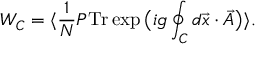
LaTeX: { \cal W } _ { { \cal C } } = \langle \frac { 1 } { N } P \mathrm { T r } \exp \big ( i g \oint _ { { \cal C } } d \vec { x } \cdot \vec { A } \big ) \rangle .